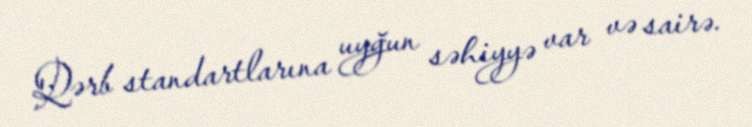
Qərb standartlarına uyğun səhiyyə var və sairə.